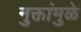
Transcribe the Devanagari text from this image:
नुक्तांमुळे